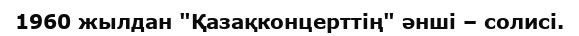
1960 жылдан "Қазақконцерттің" әнші – солисі.